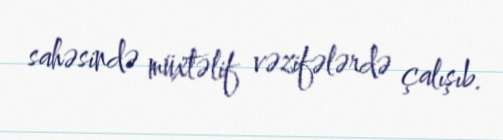
sahəsində müxtəlif vəzifələrdə çalışıb.